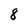
Character: 8